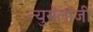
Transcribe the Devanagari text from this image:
न्युरॉलॉजी